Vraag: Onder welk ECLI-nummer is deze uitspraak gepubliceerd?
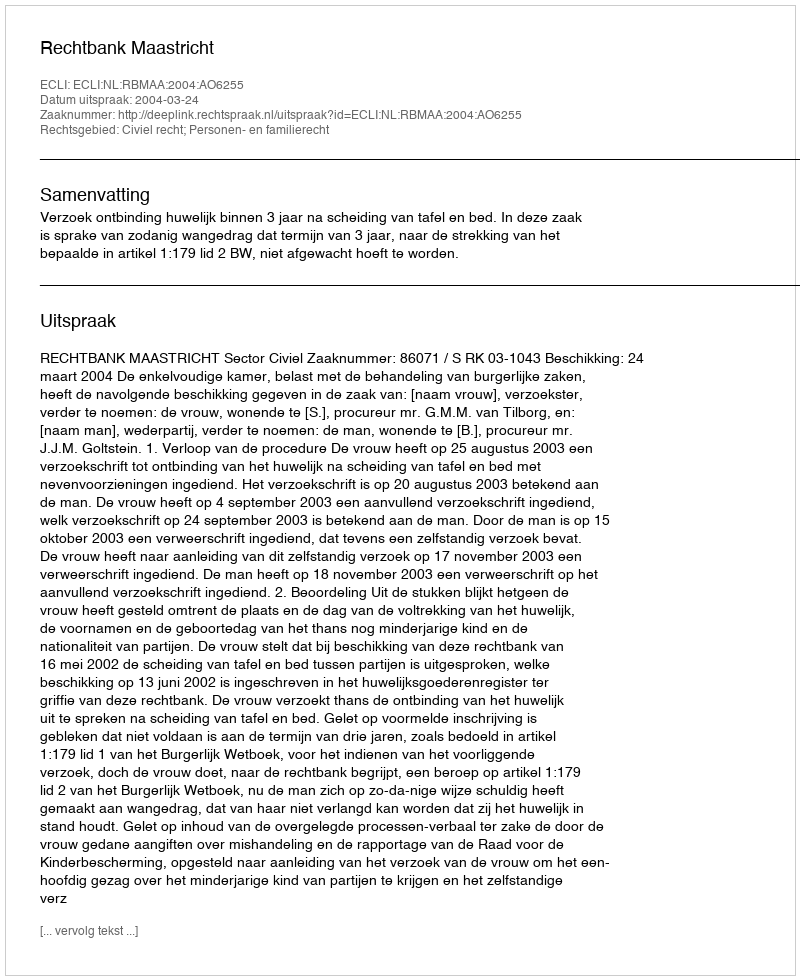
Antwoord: ECLI:NL:RBMAA:2004:AO6255